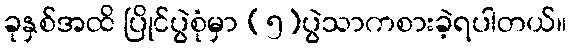
ခုနှစ်အထိ ပြိုင်ပွဲစုံမှာ (၅)ပွဲသာကစားခဲ့ရပါတယ်။